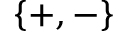
\{ + , - \}